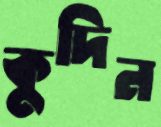
কুদিন